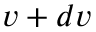
v + d v